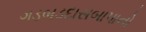
ગડબડદાસબાપાનો